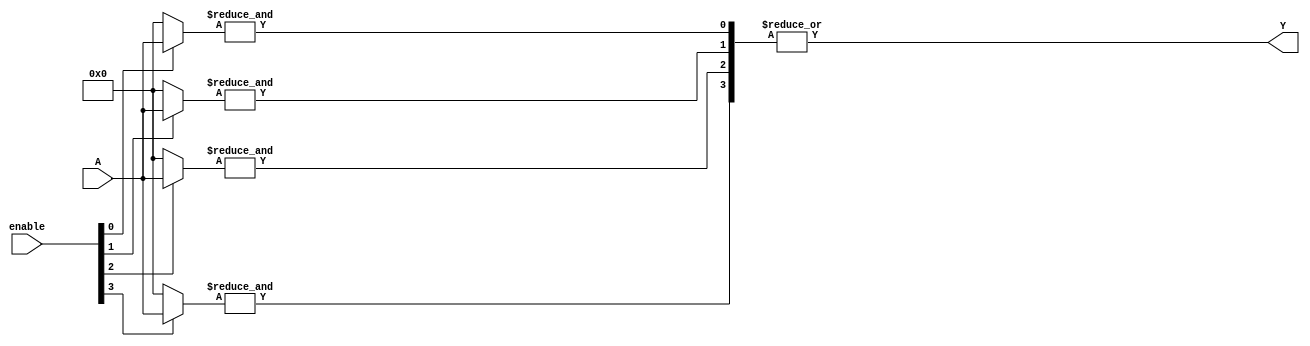
module GPAL #(
    parameter NUM_INPUTS = 4,  // Number of inputs (A1, A2, ..., An)
    parameter NUM_TERMS = 4,    // Number of product terms (P1, P2, ..., Pm)
    parameter NUM_OUTPUTS = 1    // Number of outputs (Y1, Y2, ..., Yp)
)(
    input wire [NUM_INPUTS-1:0] A,      // Inputs A1, A2, ..., An
    input wire [NUM_TERMS-1:0] enable,   // Enable signals for each product term
    output wire [NUM_OUTPUTS-1:0] Y      // Outputs Y1, Y2, ..., Yp
);

    // Internal wires for product terms
    wire [NUM_TERMS-1:0] P; // Product terms P1, P2, ..., Pm

    // Generate product terms based on the enable signals
    genvar i, j;
    generate
        for (i = 0; i < NUM_TERMS; i = i + 1) begin : and_array
            wire [NUM_INPUTS-1:0] term_inputs;
            assign term_inputs = (enable[i]) ? A : {NUM_INPUTS{1'b0}}; // If enabled, use inputs, else zero

            // Create the product term using AND operation
            assign P[i] = &term_inputs; // AND operation on the inputs
        end
    endgenerate

    // Fixed OR array to combine product terms
    assign Y = |P; // OR operation on all product terms

endmodule